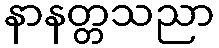
နာနတ္တသညာ